Annual report on the Civil Veterinary Department, Burma (including the Insein Veterinary School) - 1923-1931
Year: 1923
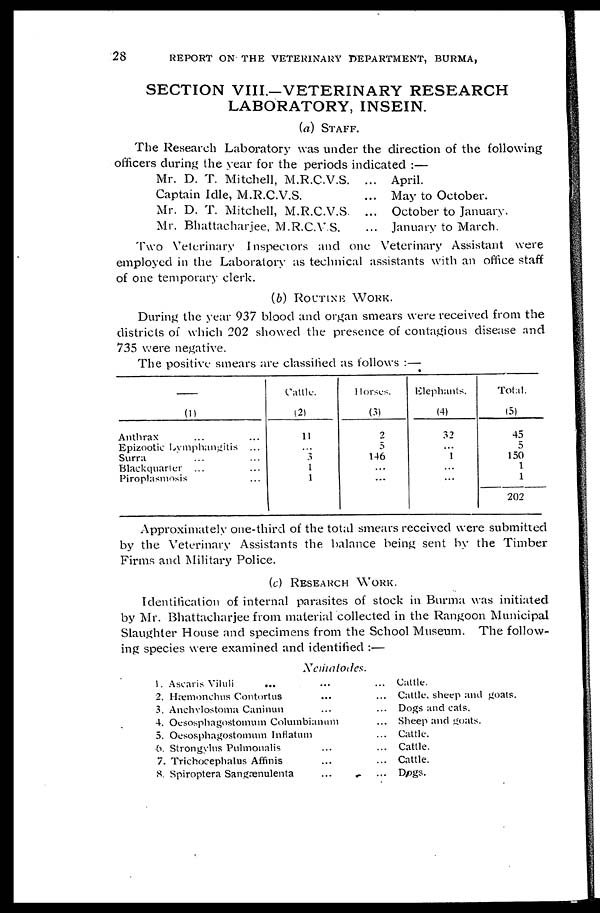
28
REPORT ON THE VETERINARY DEPARTMENT, BURMA,
SECTION VIII.-VETERINARY RESEARCH
LABORATORY, INSEIN.
(a) STAFF.
The Research Laboratory was under the direction of the following
officers during the year for the periods indicated:—
Mr. D. T. Mitchell, M.R.C.V.S. ...
Captain Idle, M.R.C.V.S. ...
Mr. D. T. Mitchell, M.R.C.V.S. ...
Mr. Bhattacharjee, M.R.C.V.S. ...
April.
May to October.
October to January.
January to March.
Two Veterinary Inspectors and one Veterinary Assistant were
employed in the Laboratory as technical assistants with an office staff
of one temporary clerk.
(6) ROUTINE WORK.
During the year 937 blood and organ smears were received from the
districts of which 202 showed the presence of contagious disease and
735 were negative.
The positive smears are classified as follows:—
—
(1)
Anthrax
Epizootic Lymphangitis ...
Surra
Blackquarter ... ...
Piroplasmosis ...
Cattle.
(2)
11
3
1
1
Horses.
(3)
2
5
146
Elephants.
(4)
32
1
Total.
(5)
45
5
150
1
1
202
Approximately one-third of the total smears received were submitted
by the Veterinary Assistants the balance being sent by the Timber
Firms and Military Police.
(c) RESEARCH WORK.
Identification of internal parasites of stock in Burma was initiated
by Mr. Bhattacharjee from material collected in the Rangoon Municipal
Slaughter House and specimens from the School Museum. The follow-
ing species were examined and identified:—
Nemalodes.
1.
2,
3.
4.
5.
6.
7.
8.
Ascaris Viluli
... ... ...
Hæmonchus Contortus ... ...
Anchylostoma Caninun ... ...
Oesosphagostomum Columbianam ...
Oesosphagostomum Inflatum ...
Strongylus Pulmonalis ... ...
Trichocephalus Affinis ... ...
Spiroptera Sangænulenta ... ...
Cattle.
Cattle, sheep and goats.
Dogs and cats.
Sheep and goats.
Cattle.
Cattle.
Cattle.
Dogs.